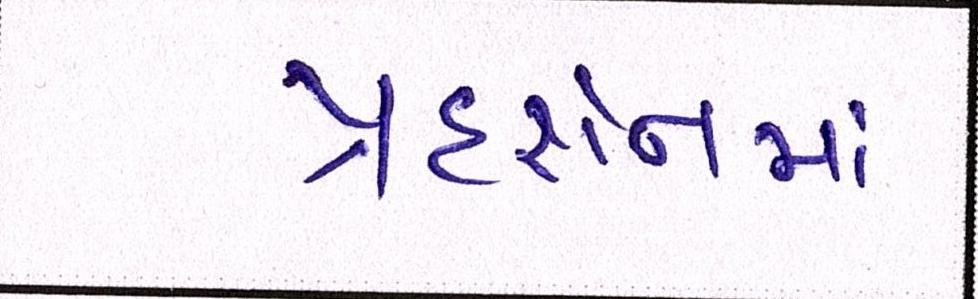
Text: પ્રદર્શનમાં